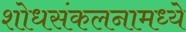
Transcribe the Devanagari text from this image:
शोधसंकलनामध्ये